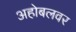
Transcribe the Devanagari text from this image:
अहोबलवर